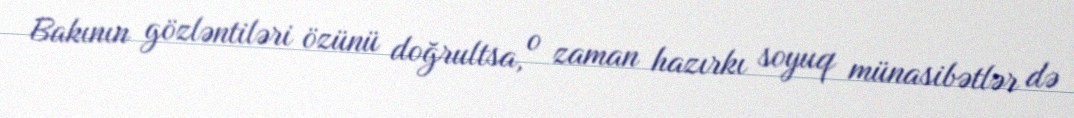
Bakının gözləntiləri özünü doğrultsa, o zaman hazırkı soyuq münasibətlər də